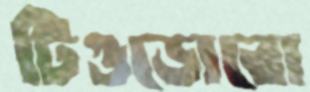
টিওডোরো